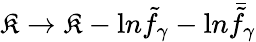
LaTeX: \mathfrak{K}\rightarrow\mathfrak{K}-{\mathrm{{l}}n}{\tilde{{f}}}_{\gamma}-{\mathrm{{l}}n}{\bar{{\tilde{{f}}}}_{\gamma}}